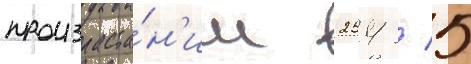
произраста́н'ии 254 / 5